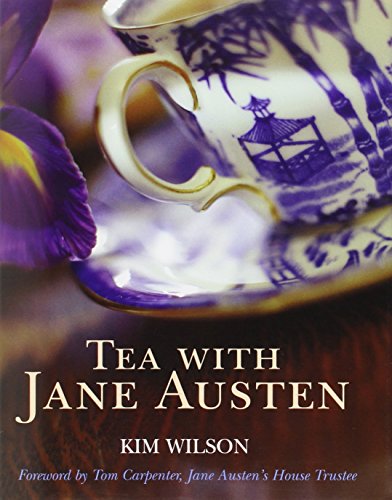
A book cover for Tea with Jane Austen; Kim Wilson; Cookbooks, Food & Wine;